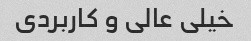
خیلی عالی و کاربردی